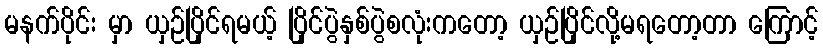
မနက်ပိုင်း မှာ ယှဉ်ပြိုင်ရမယ့် ပြိုင်ပွဲနှစ်ပွဲစလုံးကတော့ ယှဉ်ပြိုင်လို့မရတော့တာ ကြောင့်